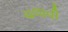
ચલાવી